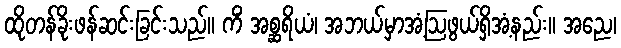
ထိုတန်ခိုးဖန်ဆင်းခြင်းသည်။ ကိံ အစ္ဆရိယံ၊ အဘယ်မှာအံ့ဩဖွယ်ရှိအံ့နည်း။ အညေ၊